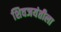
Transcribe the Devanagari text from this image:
शिवजयंतीला